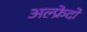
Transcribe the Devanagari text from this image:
अल्फ्रेदो